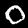
Label: 0